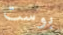
بوست